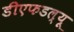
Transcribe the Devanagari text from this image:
डीएफडल्‍यू